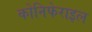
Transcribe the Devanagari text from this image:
कोनिफेराइल